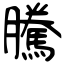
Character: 騰